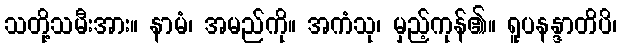
သတို့သမီးအား။ နာမံ၊ အမည်ကို။ အကံသု၊ မှည့်ကုန်၏။ ရူပနန္ဒာတိပိ၊